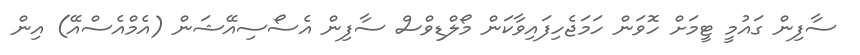
ސާފިން ގައުމީ ޓީމަށް ހޮވަން ހަމަޖެހިފައިވާކަން މޯލްޑިވްސް ސާފިން އެސޯސިއޭޝަން (އެމްއެސްއޭ) އިން